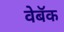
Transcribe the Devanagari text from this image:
वेबॅक